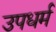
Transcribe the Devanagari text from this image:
उपधर्म